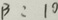
B : 1 0